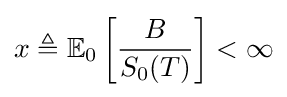
x\triangleq \mathbb {E} _{0}\left[{\frac {B}{S_{0}(T)}}\right]<\infty